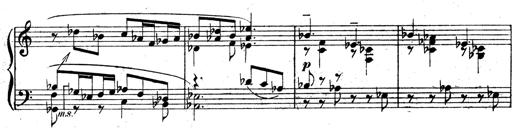
Title: 3 Sonatinas for Piano
Composer: Vissarion Shebalin